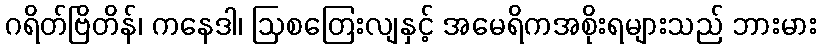
ဂရိတ်ဗြိတိန်၊ ကနေဒါ၊ ဩစတြေးလျနှင့် အမေရိကအစိုးရများသည် ဘားမား